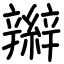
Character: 辮